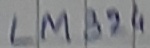
Text: LM324